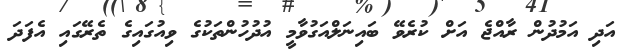
އަދި އަމުދުން ރާއްޖެ އަށް ކުރެވޭ ބައިނަލްއަގުވާމީ އުދުހުންތަކުގެ ވިއުގައިގެ ތެރޭގައި އެފަދަ